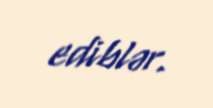
ediblər.